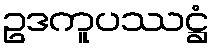
ဥဒကူပဿဋ္ဌံ